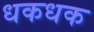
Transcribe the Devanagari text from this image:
धकधक